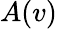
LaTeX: A(v)